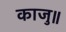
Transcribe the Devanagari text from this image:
काजु॥